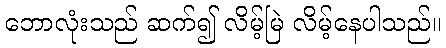
ဘောလုံးသည် ဆက်၍ လိမ့်မြဲ လိမ့်နေပါသည်။